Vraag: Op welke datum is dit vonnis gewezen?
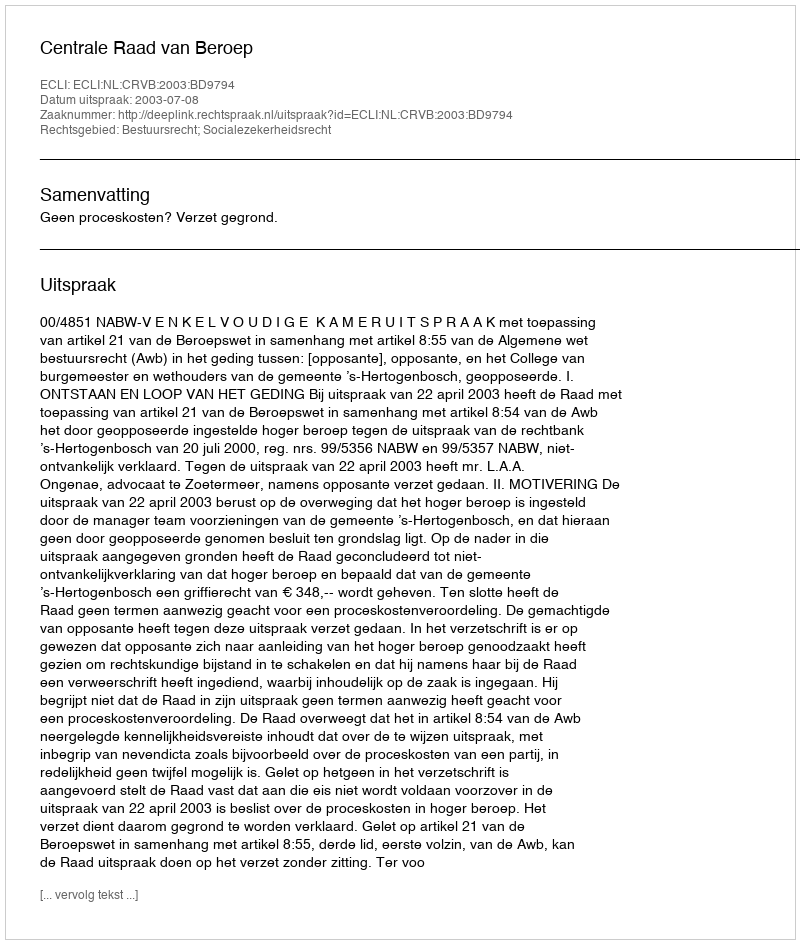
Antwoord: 2003-07-08